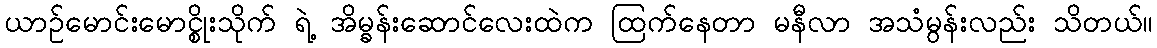
ယာဉ်မောင်းမောင္စိုးသိုက် ရဲ့ အိမ္ခန်းဆောင်လေးထဲက ထြက်နေတာ မနီလာ အသံမွန်းလည်း သိတယ်။